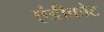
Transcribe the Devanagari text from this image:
एंडीकोट